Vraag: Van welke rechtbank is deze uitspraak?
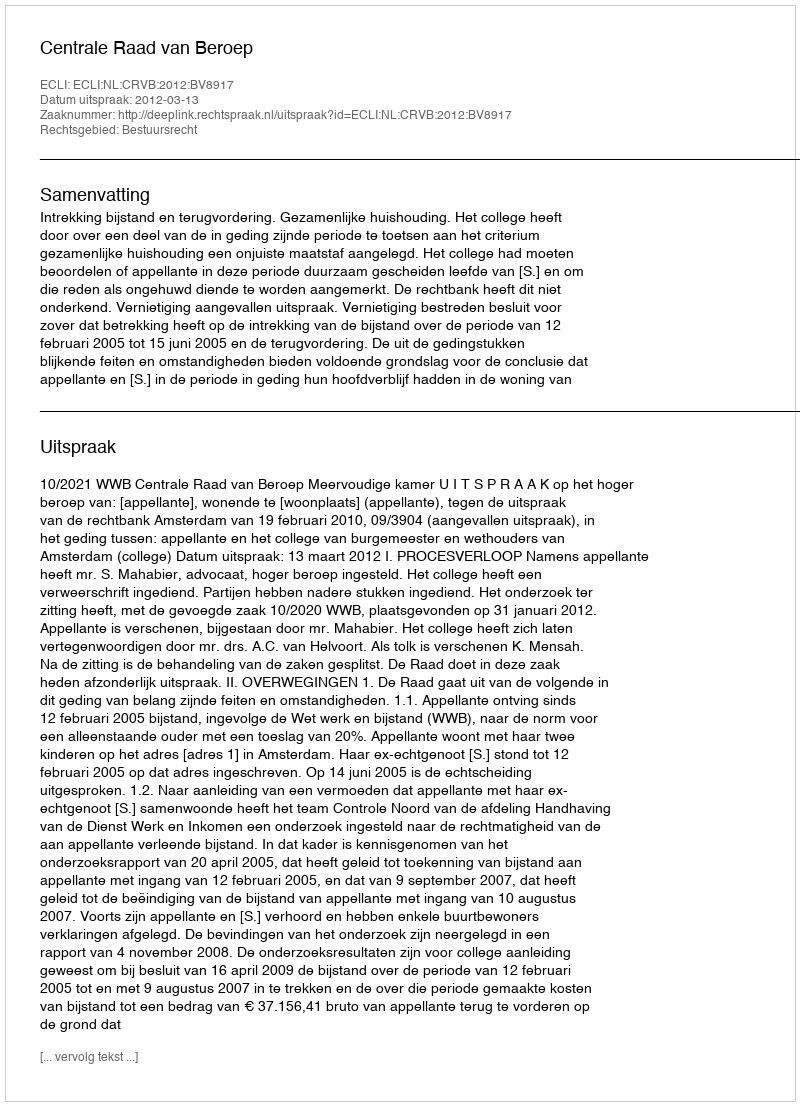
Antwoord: Centrale Raad van Beroep